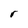
Character: r